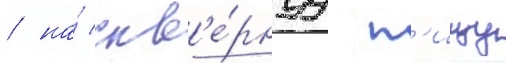
/ на́ скв'е́рнуу п'ищу